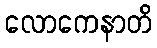
လောကေနာတိ